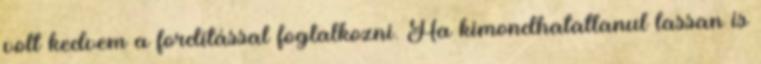
volt kedvem a fordítással foglalkozni. Ha kimondhatatlanul lassan is